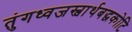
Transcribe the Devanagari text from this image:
तुंगध्वजस्वार्थबद्धकोटि